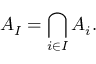
A _ { I } = \bigcap _ { i \in I } A _ { i } .